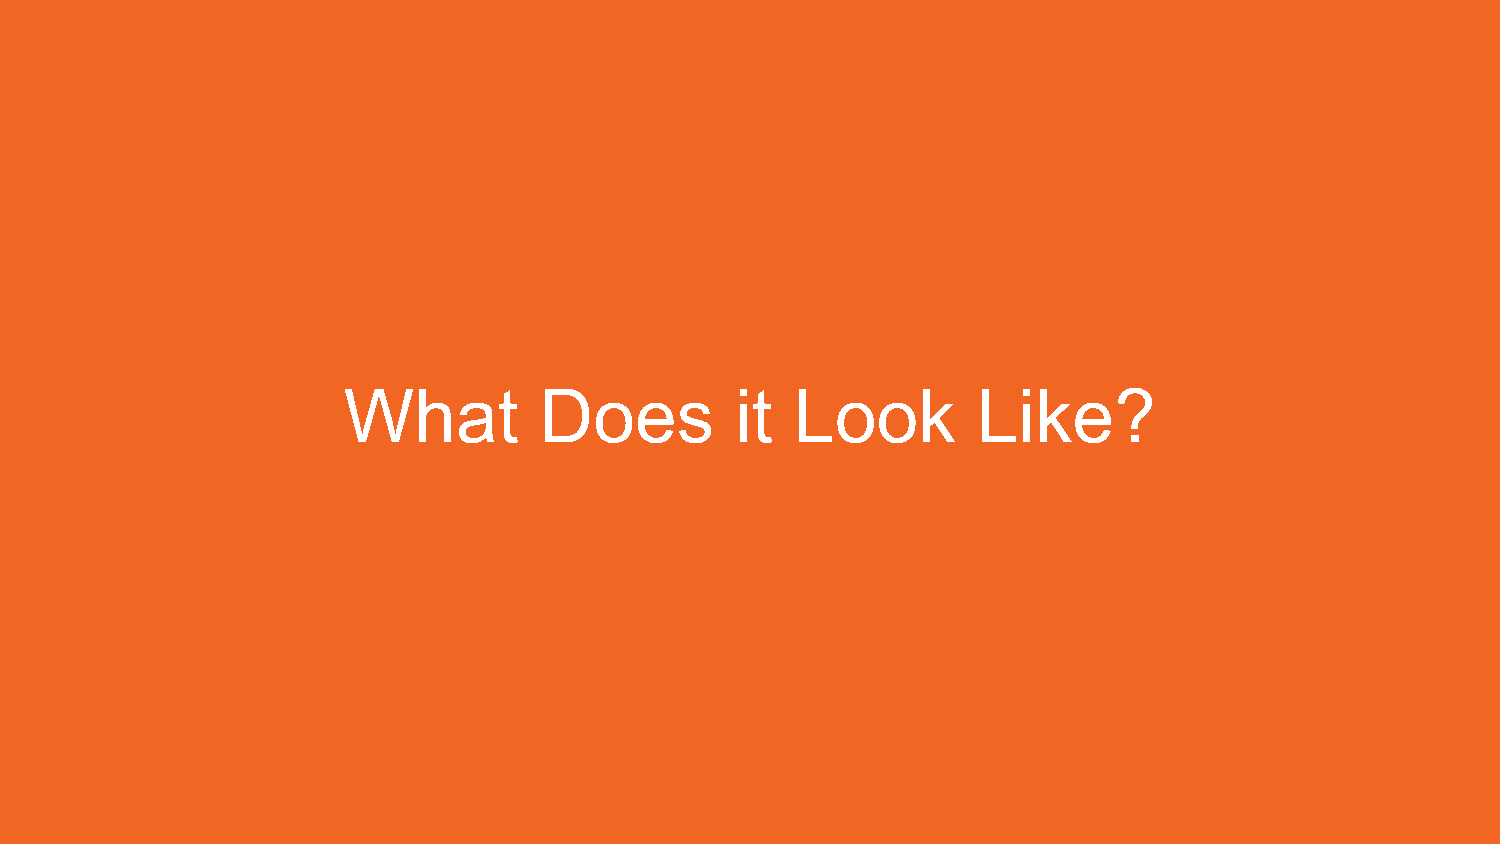
What         Does         it  Look        Like?